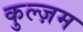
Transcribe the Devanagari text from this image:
कुल्ज़म